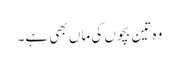
وہ تین بچوں کی ماں بھی ہے۔